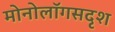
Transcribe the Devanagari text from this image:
मोनोलॉगसदृश